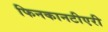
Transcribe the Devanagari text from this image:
फिनकानटीएरी